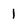
Character: 1